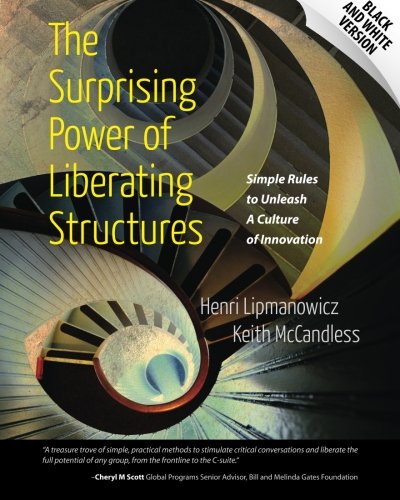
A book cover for The Surprising Power of Liberating Structures: Simple Rules to Unleash A Culture of Innovation (Black and White Version); Henri Lipmanowicz; Business & Money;